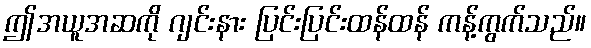
ဤအယူအဆကို ဂျင်းနား ပြင်းပြင်းထန်ထန် ကန့်ကွက်သည်။